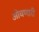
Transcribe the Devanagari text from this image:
ओवणारी